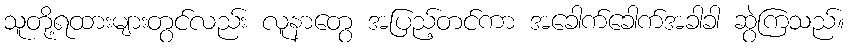
သူတို့ရထားများတွင်လည်း လူနာတွေ အပြည့်တင်ကာ အခေါက်ခေါက်အခါခါ ဆွဲကြသည်။